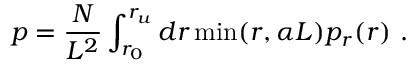
p = \frac { N } { L ^ { 2 } } \int _ { r _ { 0 } } ^ { r _ { u } } d r \operatorname* { m i n } ( r , \alpha L ) p _ { r } ( r ) ~ .